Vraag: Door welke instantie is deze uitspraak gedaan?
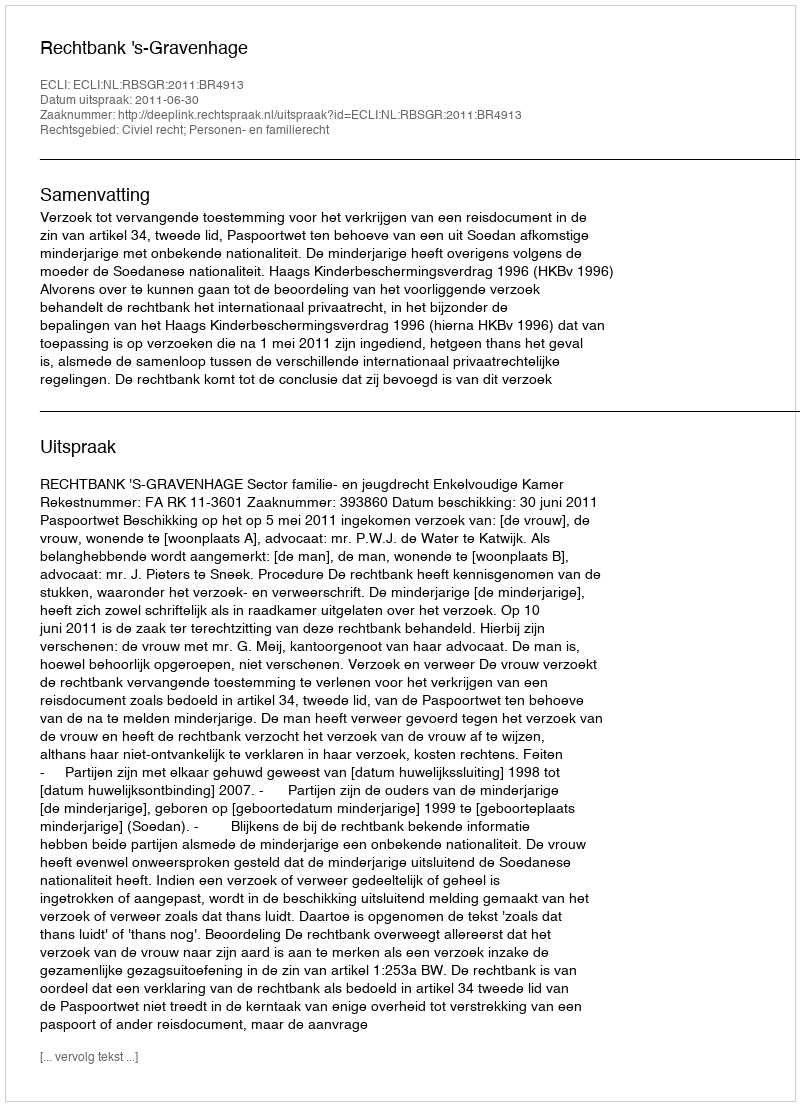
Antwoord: Rechtbank 's-Gravenhage